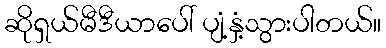
ဆိုရှယ်မီဒီယာပေါ် ပျံ့နှံ့သွားပါတယ်။